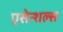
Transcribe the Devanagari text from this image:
एसेन्शल्स